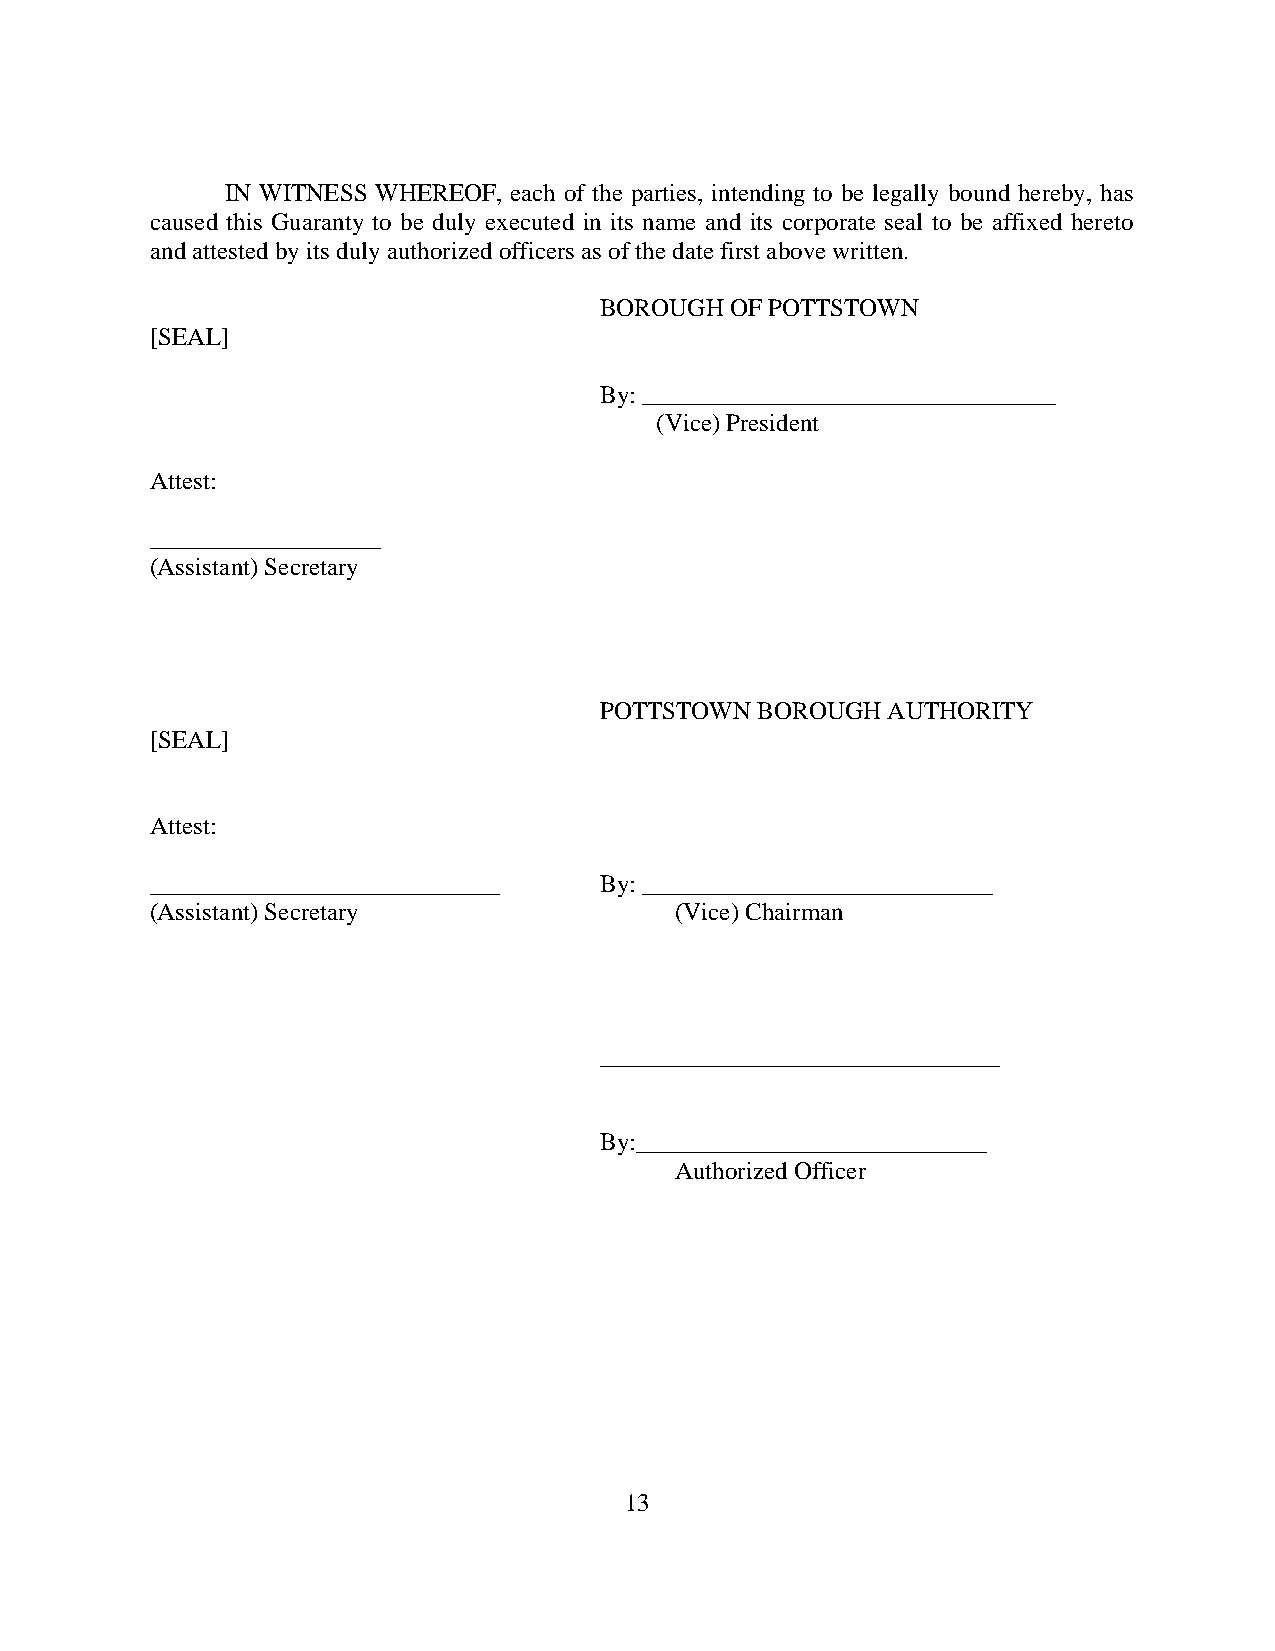
IN WITNESS WHEREOF, each of the parties, intending to be legally bound hereby, has
 caused this Guaranty to be duly executed in its name and its corporate seal to be affixed hereto
 and attested by its duly authorized officers as of the date first above written.
 BOROUGH OF POTTSTOWN
 [SEAL]
 By:
 (Vice) President
 Attest:
 (Assistant) Secretary
 POTTSTOWN BOROUGH  AUTHORITY
 [SEAL]
 Attest:
 ____________________________  By: ____________________________
 (Assistant) Secretary              (Vice) Chairman
 ________________________________
 By:____________________________
 Authorized Officer
 13